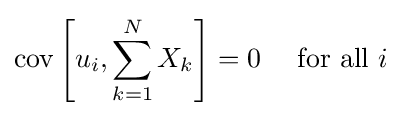
\operatorname {cov} \left[u_{i},\sum _{k=1}^{N}X_{k}\right]=0\quad {\text{ for all }}i